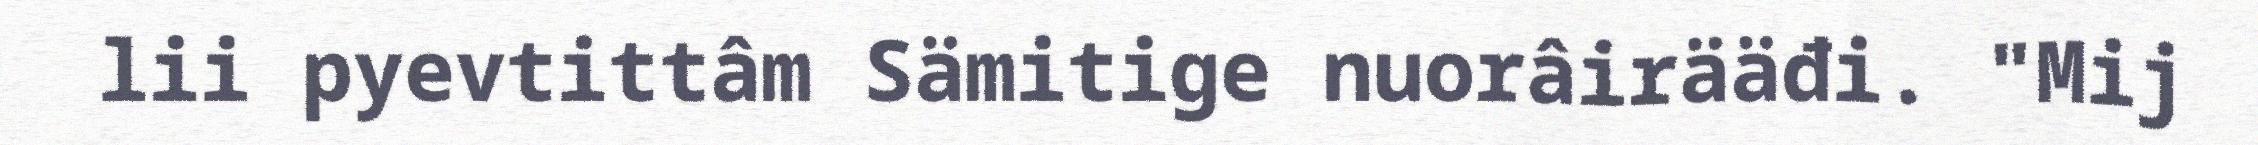
lii pyevtittâm Sämitige nuorâirääđi. "Mij